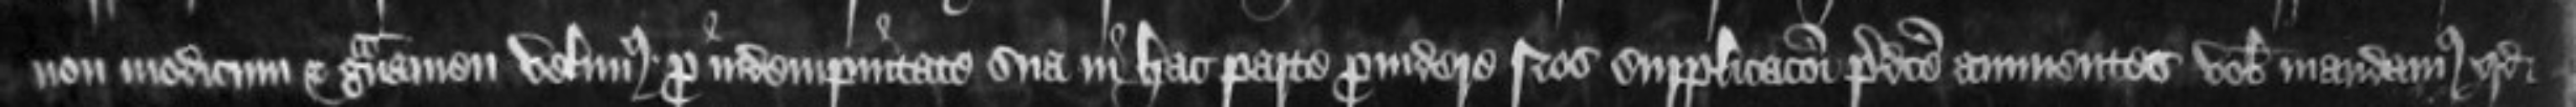
non modicum et gravamen velimus pro idempnitate sua in hac parte providere Nos supplicacioni predicte animentes vobis mandamus quod